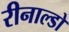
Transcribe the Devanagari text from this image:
रीनाल्डो